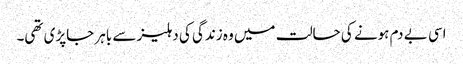
اسی بے دم ہونے کی حالت میں وہ زندگی کی دہلیز سے باہر جاپڑی تھی۔